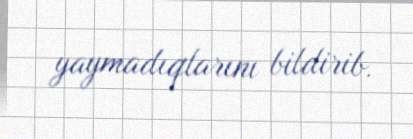
yaymadıqlarını bildirib.